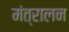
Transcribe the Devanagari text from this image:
मंत्रालन